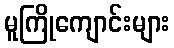
မူကြိုကျောင်းများ